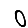
Digit: 0